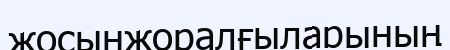
жосынжоралғыларының